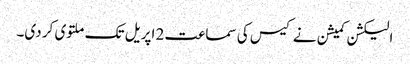
الیکشن کمیشن نے کیس کی سماعت 2 اپریل تک ملتوی کر دی۔